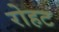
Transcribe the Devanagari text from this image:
रोहट